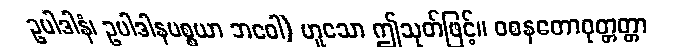
ဥပါဒါနံ၊ ဥပါဒါနပစ္စယာ ဘဝေါ) ဟူသော ဤသုတ်ဖြင့်။ ဝစနတောဝုတ္တတ္တာ